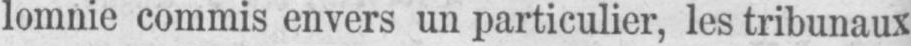
lomnie commis envers un particulier, les tribunaux